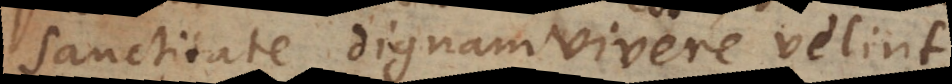
sanctitate dignam vivere velint.